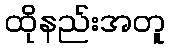
ထိုနည်းအတူ